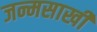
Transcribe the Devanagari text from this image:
जन्मसाखी